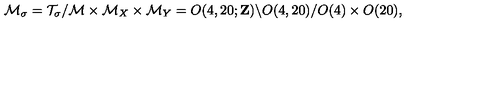
{ \cal M } _ { \sigma } = { \cal T } _ { \sigma } / { \cal M } \times { \cal M } _ { X } \times { \cal M } _ { Y } = O ( 4 , 2 0 ; { \bf Z } ) \backslash O ( 4 , 2 0 ) / O ( 4 ) \times O ( 2 0 ) ,